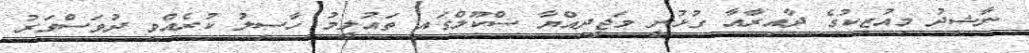
ނާޝިދު މިއުޒިކުގެ ދާއިރާއާ ގުޅުނީ މަޖީދިއްޔާ ސްކޫލްގައި ތައުލީމު ހާސިލު ކުރެއްވި ދުވަސްވަރު